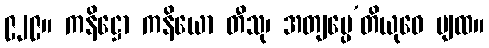
၉၂၉။ ကနိဋ္ဌော ကနိယော တီသု၊ အတျပ္ပေ’တိယုဝေ ပျထ။